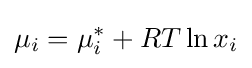
\mu _{i}=\mu _{i}^{*}+RT\ln x_{i}